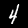
Label: 4